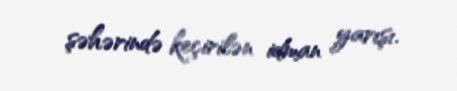
şəhərində keçirilən idman yarışı.